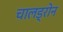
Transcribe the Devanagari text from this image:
चालड्रोन